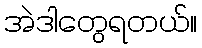
အဲဒါတွေရတယ်။